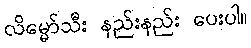
လိမ္မော်သီး နည်းနည်း ပေးပါ။